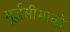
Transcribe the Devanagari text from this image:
मूर्द्धसीमाको